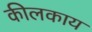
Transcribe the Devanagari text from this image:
कीलकाय